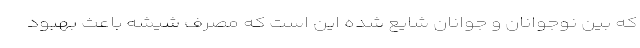
که بین نوجوانان و جوانان شایع شده این است که مصرف شیشه باعث بهبود